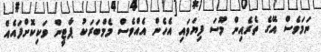
ނަމަވެސް އޭގެ ތެރެއިން މޫސަ ފިޔަވައި އެހެން އެއްވެސް މެމްބަރަކު ޕާޓީން ވަކިކޮށްފައެއް